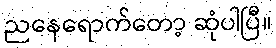
ညနေရောက်တော့ ဆုံပါပြီ။